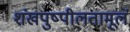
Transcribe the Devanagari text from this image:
शंखपुष्पीलतामूलं